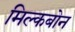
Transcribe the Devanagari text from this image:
मिल्कबोन